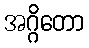
အဂ္ဂိတော